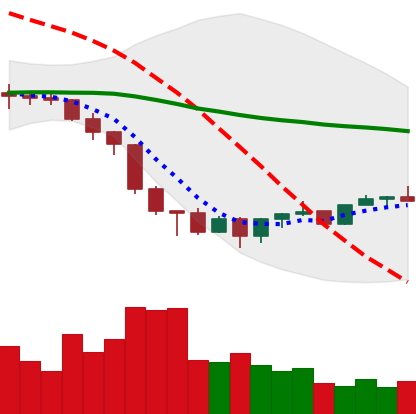
Ticker: XMR-USD
Chart end date: 2022-06-26
Forward return: -8.207%
Label: down_7plus